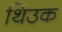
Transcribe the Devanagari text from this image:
थिउक